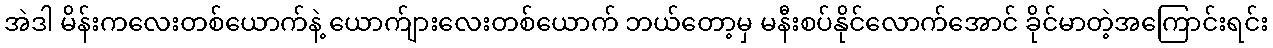
အဲဒါ မိန်းကလေးတစ်ယောက်နဲ့ ယောက်ျားလေးတစ်ယောက် ဘယ်တော့မှ မနီးစပ်နိုင်လောက်အောင် ခိုင်မာတဲ့အကြောင်းရင်း